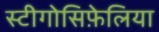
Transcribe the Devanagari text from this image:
स्टीगोसिफ़ेलिया